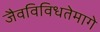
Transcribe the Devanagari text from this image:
जैवविविधतेमागे